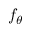
f _ { \theta }